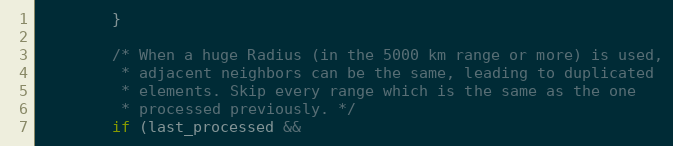
Language: C
        }

        /* When a huge Radius (in the 5000 km range or more) is used,
         * adjacent neighbors can be the same, leading to duplicated
         * elements. Skip every range which is the same as the one
         * processed previously. */
        if (last_processed &&